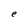
Character: e